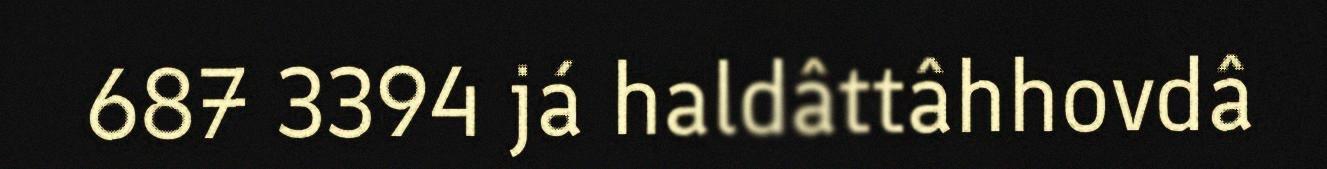
687 3394 já haldâttâhhovdâ